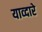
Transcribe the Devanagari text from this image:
याव्दारे